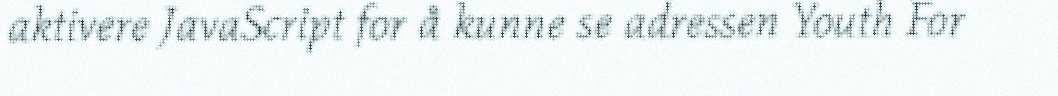
aktivere JavaScript for å kunne se adressen Youth For